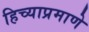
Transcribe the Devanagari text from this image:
हिच्याप्रमाणे